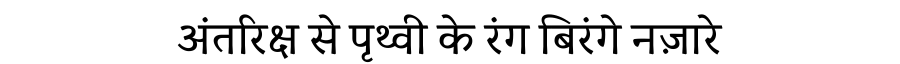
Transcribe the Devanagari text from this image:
अंतरिक्ष से पृथ्वी के रंग बिरंगे नज़ारे